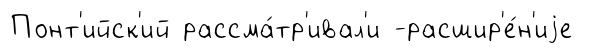
Понт'ийск'ий рассма́тр'ивал'и -расшир'е́н'иjе